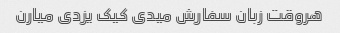
هروقت زبان سفارش میدی کیک یزدی میارن